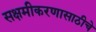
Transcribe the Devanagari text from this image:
सक्षमीकरणासाठीचे